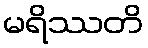
မရိဿတိ